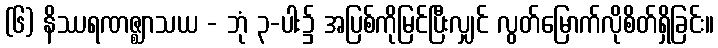
(၆) နိဿရဏဇ္ဈာသယ - ဘုံ ၃-ပါး၌ အပြစ်ကိုမြင်ပြီးလျှင် လွတ်မြောက်လိုစိတ်ရှိခြင်း။